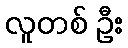
လူတစ် ဦး